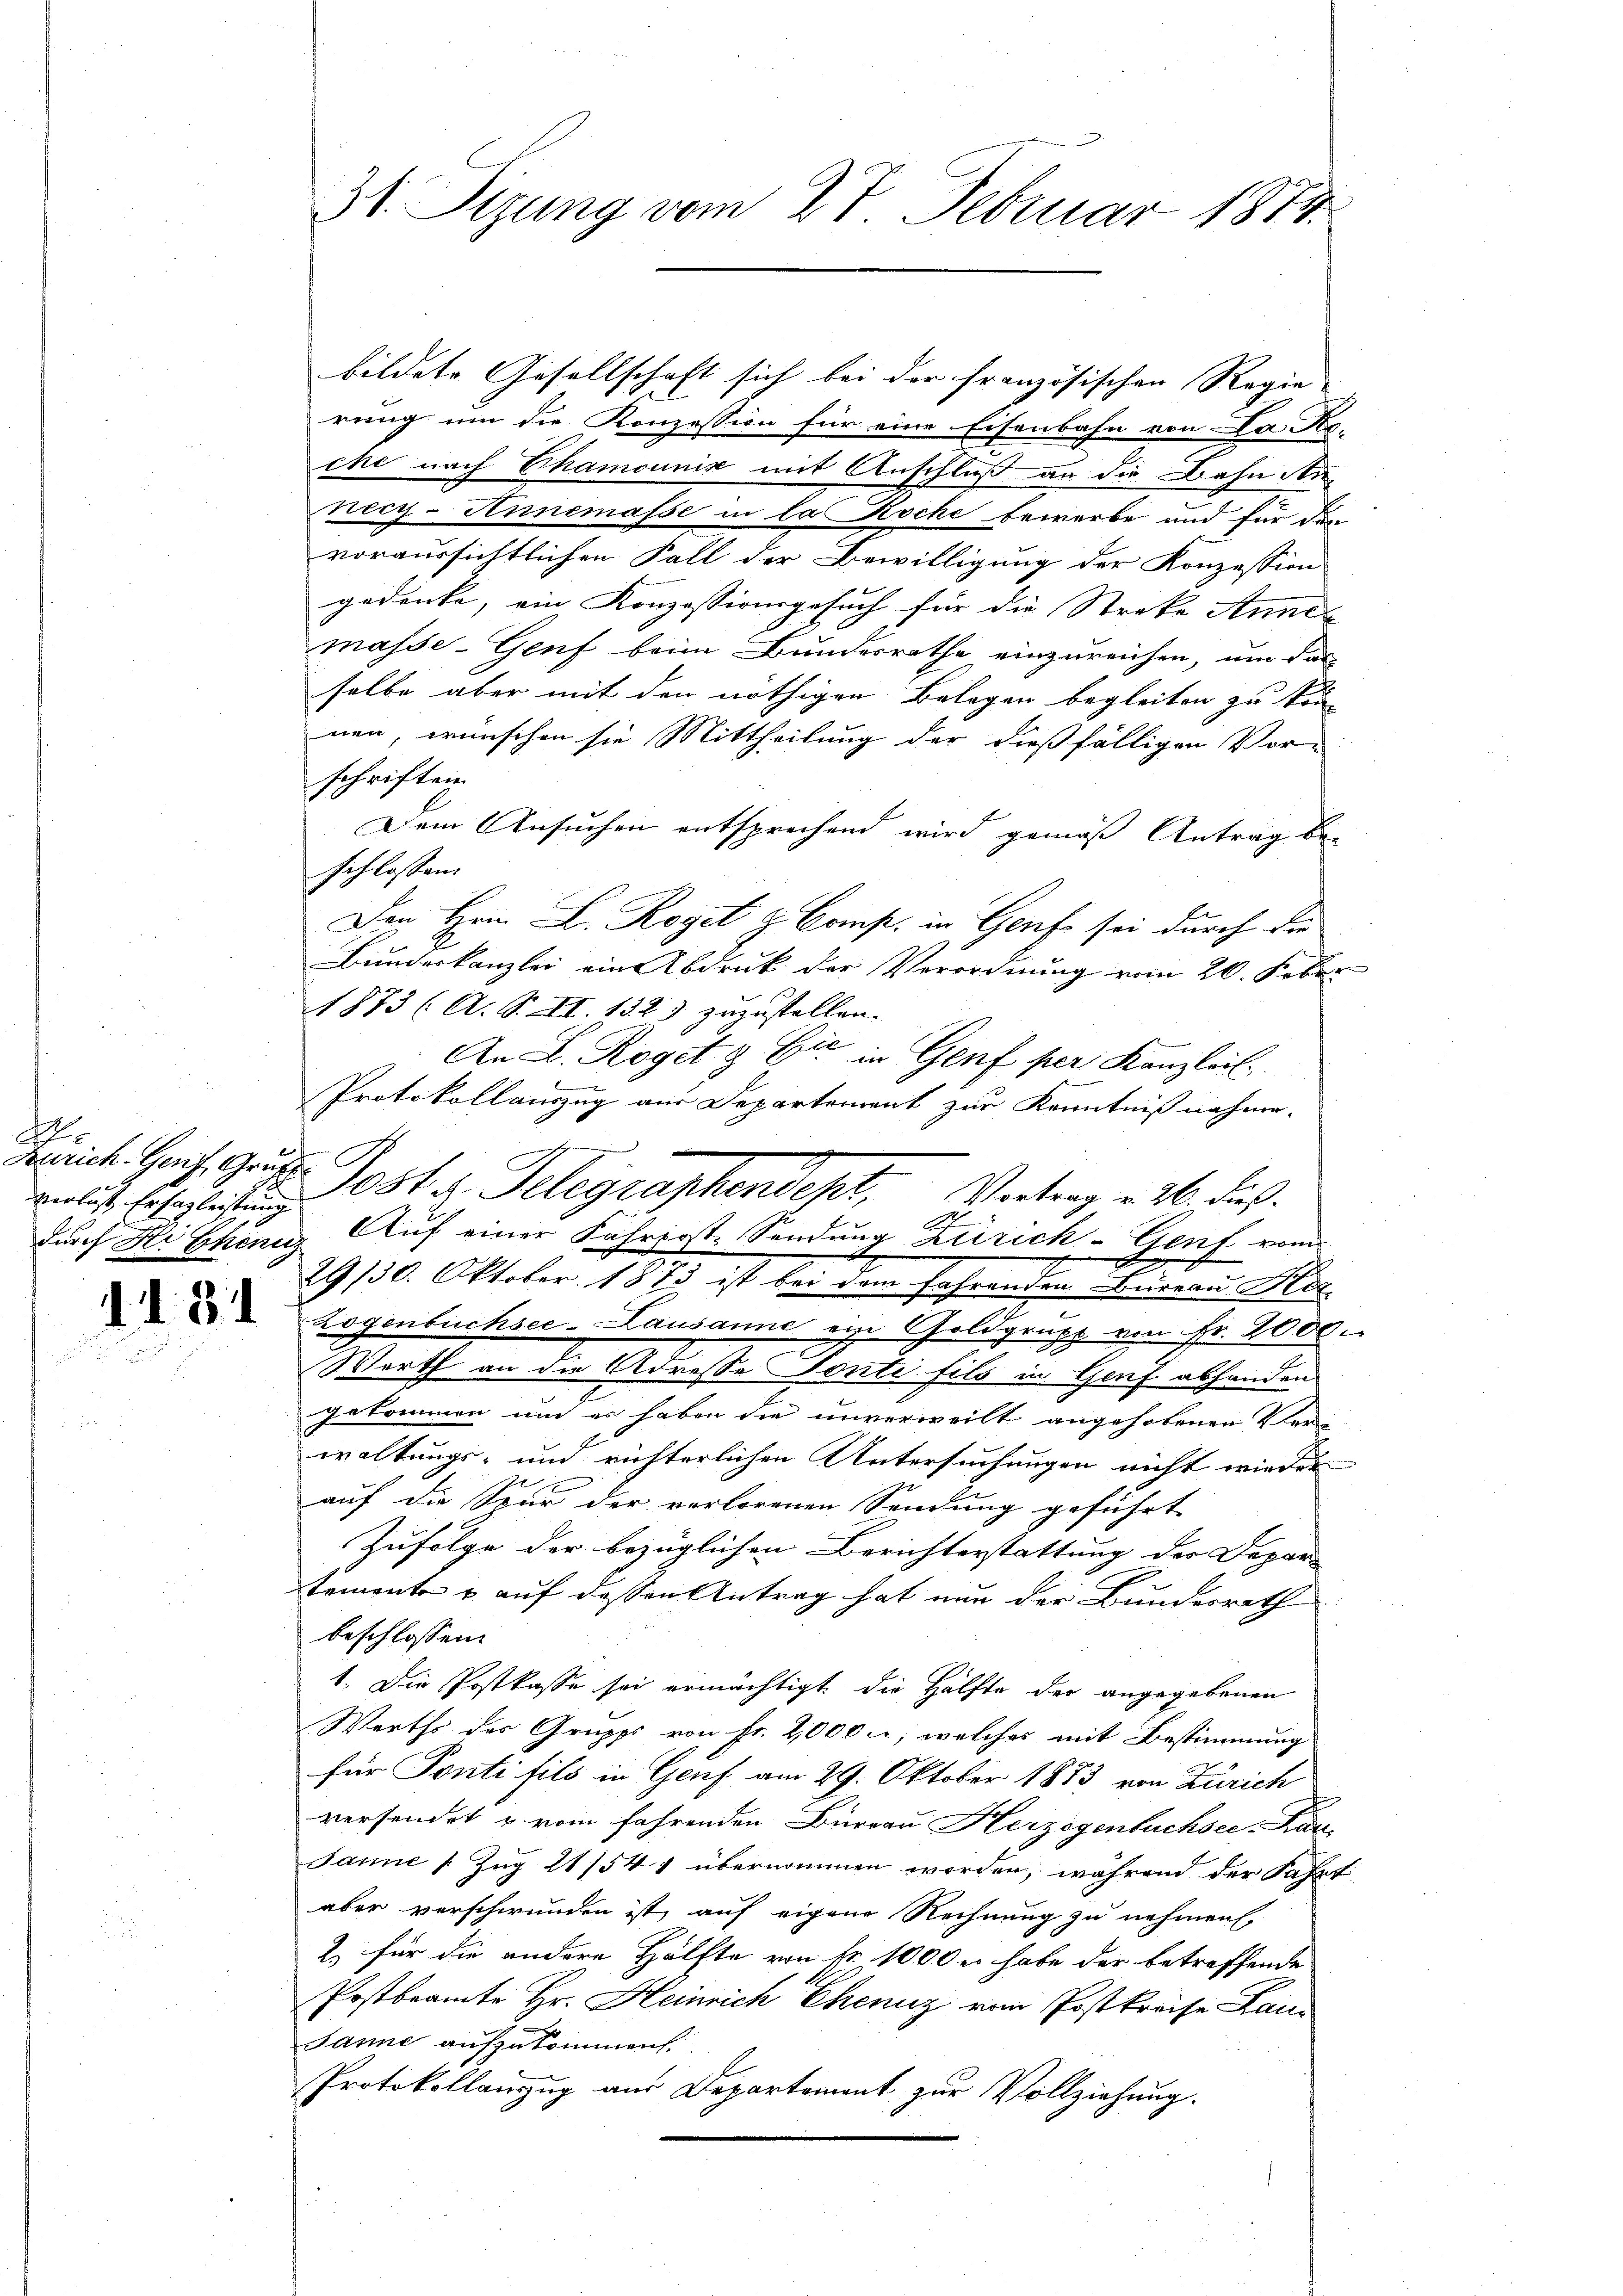
A
Zürich. Genf, Grübten

31. Sizung vom 27. Februar 1874.

bildete Gesellschaft sich bei der französischen Regie
rung um die Konzession für eine Eisenbahn von La. Rg.
che nach Chamcunix mit Anschluß an die Bahn An-
necy-Annemasse in la Koche bewerbe und für den
voraussichtlichen Fall der Bewilligung der Konzession
gedenke, ein Konzessionsgesuch für die Streke Annel
masse-Genf beim Bundesrathe einzureichen, um das
selbe aber mit den nöthigen Belegen begleiten zu kön
nen, wünschen sie Mittheilung der dießfälligen Vor-
schriften.
Dem Ansuchen entsprechend wird gemäß Antrag be-
schlossen.
Den Hrn. D. Regel u. Comp. in Genf sei durch die
Bundeskanzlei ein Abdruk der Verordnung vom 20. Febr.
1873 (A. S. II. 132) zuzustellen. |
An L. Roget & Cie in Genf per Kanzleil.
Protokollauszug aus Departement zur Kenntnißnahme.
29/30. Oktober 1873 ist bei dem fahrenden Bureau Her
 Logenbuchsee-Lausanne ein Goldgrupp von Fr. 2000.
Werth an die Adresse Fonti fils in Genf abhanden
gekommen um es haben die unverweilt angehobenen Ver-
waltungs- und richterlichen Untersuchungen nicht wieder
auf die Spur der verlorenen Sendung geführt
Zufolge der bezüglichen Berichterstattung der Depar- |
temente & auf dessen Antrag hat nun der Bundesrath
beschlossen:
1. Die Postkasse sei ermächtigt, die Hälfte der angegebenen
Werths des Gruppe von Fr. 2,000 M, welches mit Bestimmung
für Ponti fils in Genf am 29. Oktober 1873 von Zürich
versendet u. vom fahrenden Büreau Herzogenbuchsee-Kan
Jane (Zug 21/54 1 übernommen worden, während der Fahrt
aber verschwunden ist, auf eigene Rechnung zu nehmen.
2) für die andere Hälfte von Fr. 1000 er habe der betreffende
Postbeamte Hr. Heinrich Cheniz vom Postkreise Lau¬
Janne aufzukommen.
Protokollanzug aus Departement zur Vollziehung.

verlust besezlichen Post u. Telegraphendept, Vertrag v. 26. dies
A
durch Hi Schönig Auf einer Fahrpost-Sendung Zürich-Genf vom